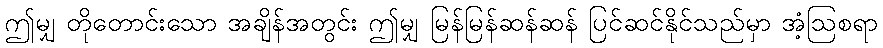
ဤမျှ တိုတောင်းသော အချိန်အတွင်း ဤမျှ မြန်မြန်ဆန်ဆန် ပြင်ဆင်နိုင်သည်မှာ အံ့ဩစရာ